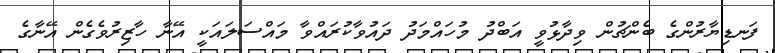
ފަނޑިޔާރުންގެ ބެންޗުން ވިދާޅުވީ އަބްދު މުހައްމަދު ދައުވާކުރައްވާ މައްސަލައަކީ އޭނާ ހާޒިރުވެގެން އޭނާގެ